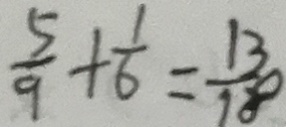
\frac { 5 } { 9 } + \frac { 1 } { 6 } = \frac { 1 3 } { 1 8 }